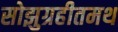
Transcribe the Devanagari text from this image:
सोझुग्रहीतमथ